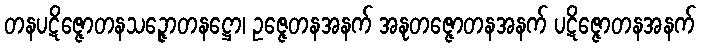
တနပဋိဇ္ဇောတနသဉ္ဇောတနဋ္ဌော၊ ဥဇ္ဇေတနအနက် အနုတဇ္ဇောတနအနက် ပဋိဇ္ဇောတနအနက်